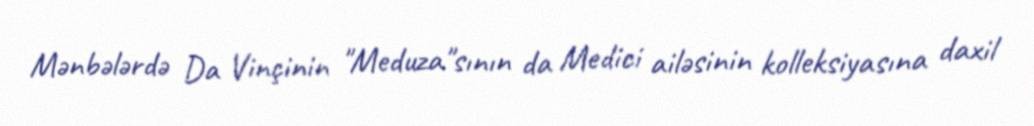
Mənbələrdə Da Vinçinin "Meduza"sının da Medici ailəsinin kolleksiyasına daxil